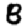
Digit: 8